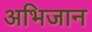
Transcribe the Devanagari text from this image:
अभिजान